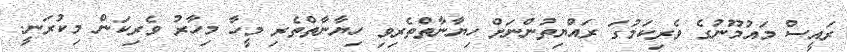
ރައީސް މައުމޫނުގެ ވެރިކަމުގަ ރައްޔިތުންނަށް ހިޔާނާތްތެރިވި ހިޔާނާތްތެރި މީހާ މިހާރު ވެރިކަން މިކުރަނީ.